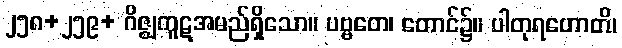
၂၅၈+၂၅၉+ ဂိဇ္ဈကူဋအမည်ရှိသော။ ပဗ္ဗတေ၊ တောင်၌။ ပါတုရဟောတိ၊